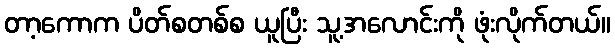
တာ့ကောက ပိတ်စတစ်စ ယူပြီး သူ့အလောင်းကို ဖုံးလိုက်တယ်။